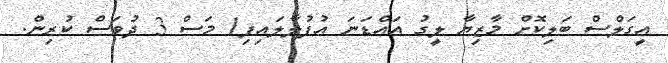
އީގަލްސް ބަލިކޮށް މާޒިޔާ ލީގު އައްޑަނަ އުފުލާލައިފި1 މަސް 3 ދުވަސް ކުރިން.